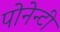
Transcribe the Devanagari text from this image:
पोनेन्टी